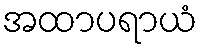
အထာပရာယံ